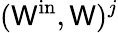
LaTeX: (\mathsf{W}^{\mathrm{{in}}},\mathsf{W})^{j}